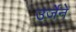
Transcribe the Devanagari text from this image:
उर्जेने